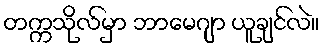
တက္ကသိုလ်မှာ ဘာမေဂျာ ယူချင်လဲ။